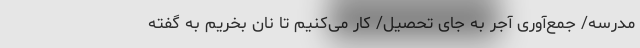
مدرسه/ جمع‌آوری آجر به جای تحصیل/ کار می‌کنیم تا نان بخریم به گفته